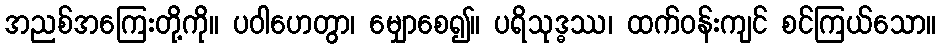
အညစ်အကြေးတို့ကို။ ပဝါဟေတွာ၊ မျှောစေ၍။ ပရိသုဒ္ဓဿ၊ ထက်ဝန်းကျင် စင်ကြယ်သော။